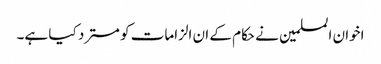
اخوان المسلمین نے حکام کے ان الزامات کو مسترد کیا ہے۔